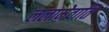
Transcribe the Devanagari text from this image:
ललामेवाति